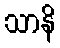
သာနိ